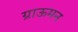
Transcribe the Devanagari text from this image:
ग्राऊमन